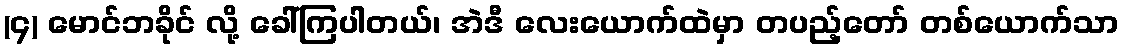
(၄) မောင်ဘခိုင် လို့ ခေါ်ကြပါတယ်၊ အဲဒီ လေးယောက်ထဲမှာ တပည့်တော် တစ်ယောက်သာ